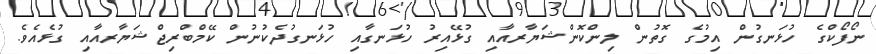
ނޯފޯކްގެ ހުޅަނގުން އިމުގެ ގޮތުން ލިންކޮންޝަޔާރއާއި ގުޅޭއިރު ހުޅަނގާއި ހުޅަނގުދެކުނުން ކޭމްބްރިޖްޝަޔާރއާއި ގުޅެއެވެ.